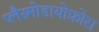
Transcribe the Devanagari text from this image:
प्लैस्मोडायोफ़ोरा